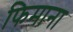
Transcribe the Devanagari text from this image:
फिमाना